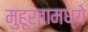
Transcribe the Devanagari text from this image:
मुहूर्तामध्ये